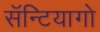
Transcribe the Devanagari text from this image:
सॅन्टियागो